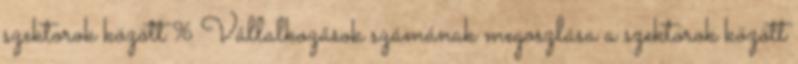
szektorok között % Vállalkozások számának megoszlása a szektorok között